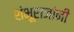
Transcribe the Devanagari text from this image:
शंभूराजांनी